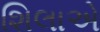
શિલાએ